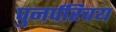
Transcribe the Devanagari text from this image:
पुनर्परिचय